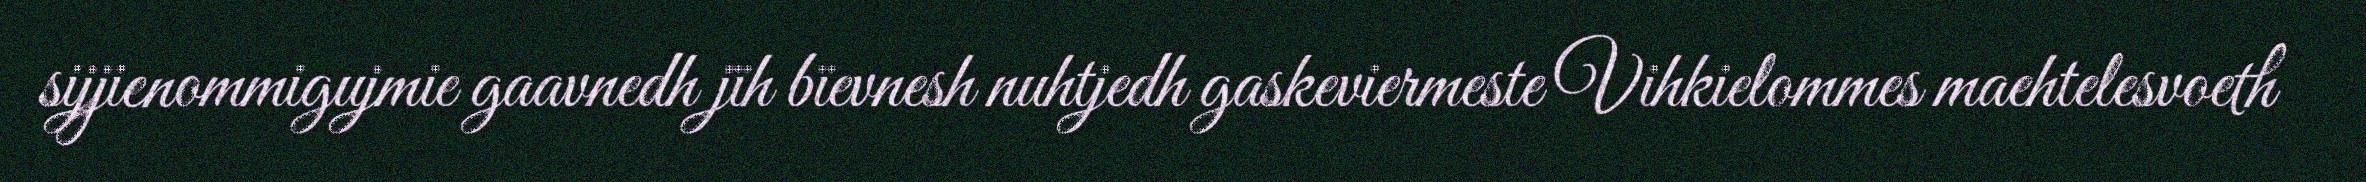
sijjienommigujmie gaavnedh jïh bïevnesh nuhtjedh gaskeviermeste Vihkielommes maehtelesvoeth